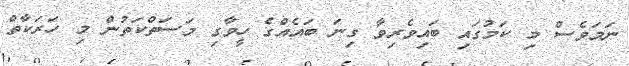
ނަމަވެސް މި ކަމުގައި ބައިވެރިވާ ގިނަ ބައެއްގެ ހީވާގި މަސަތްކަތުން މި ހަރަކާތް